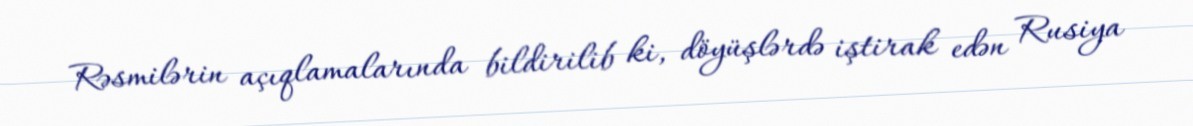
Rəsmilərin açıqlamalarında bildirilib ki, döyüşlərdə iştirak edən Rusiya